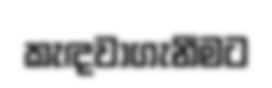
කැඳවාගැනීමට